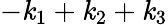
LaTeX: -\textbf{\textit{k}}_{1}+\textbf{\textit{k}}_{2}+\textbf{\textit{k}}_{3}